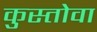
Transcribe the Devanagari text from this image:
कुस्तोवा